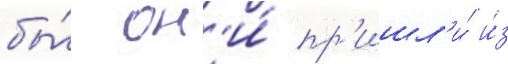
бы́ он'и́ пр'ишл'и́ и́з